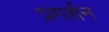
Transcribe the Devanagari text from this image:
प्रगर्शन